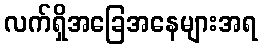
လက်ရှိအခြေအနေများအရ